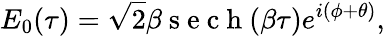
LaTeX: E_{0}(\tau)=\sqrt{2}\beta\mathrm{~s~e~c~h~}(\beta\tau)e^{i(\phi+\theta)},